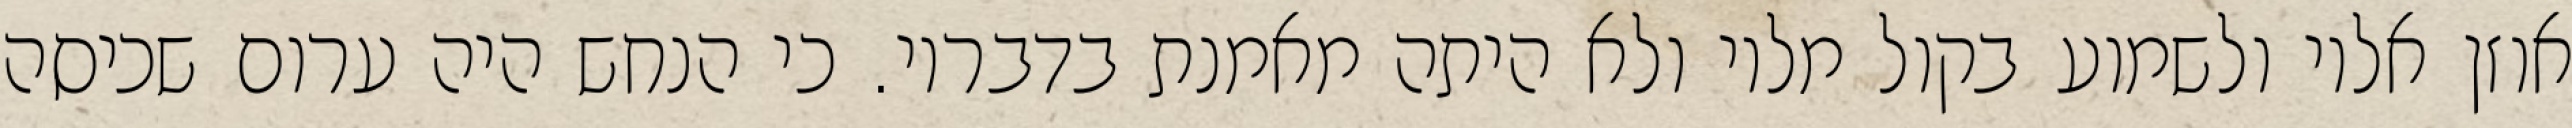
אוזן אליו ולשמוע בקול מליו ולא היתה מאמנת בדבריו. כי הנחש היה ערום שכיסה